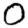
Digit: 0